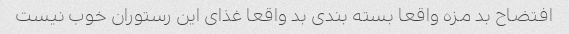
افتضاح بد مزه واقعا بسته بندی بد واقعا غذای این رستوران خوب نیست